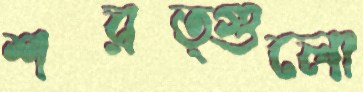
শরত্গুলো